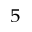
_ 5